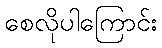
စေလိုပါကြောင်း